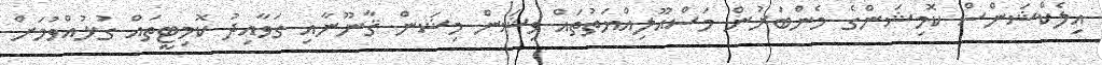
އިލެކްޝަންސް ކޮމިޝަންގެ މެންބަރުން މަސްއޫލިއްޔަތުތައް ވިޝަން މިޝަން ޤާނޫނާއި ގަވާއިދު ކޮމިޓީތައް ގުޅުއްވުމަށް